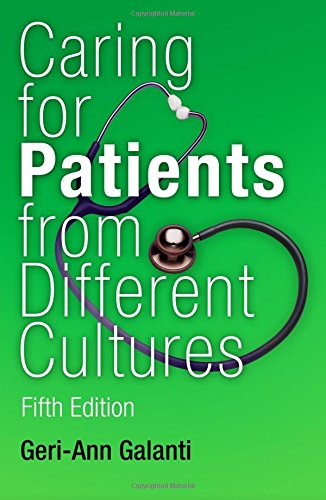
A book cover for Caring for Patients from Different Cultures; Geri-Ann Galanti; Politics & Social Sciences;